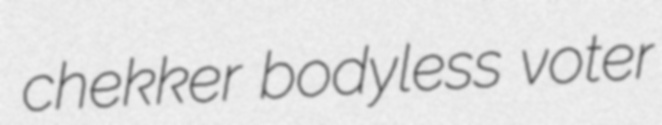
chekker bodyless voter